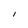
Character: I